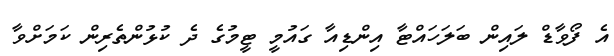
އެ ފޯވާޑް ލައިން ބަލަހައްޓާ އިންޑިއާ ގައުމީ ޓީމުގެ ދެ ކުޅުންތެރިން ކަމަށްވާ